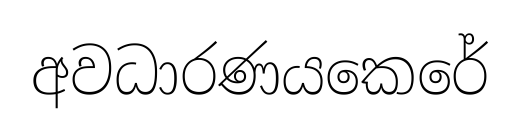
අවධාරණයකෙරේ